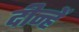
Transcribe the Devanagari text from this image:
दीन्‍हें